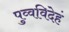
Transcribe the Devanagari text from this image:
पुव्वविदेहं